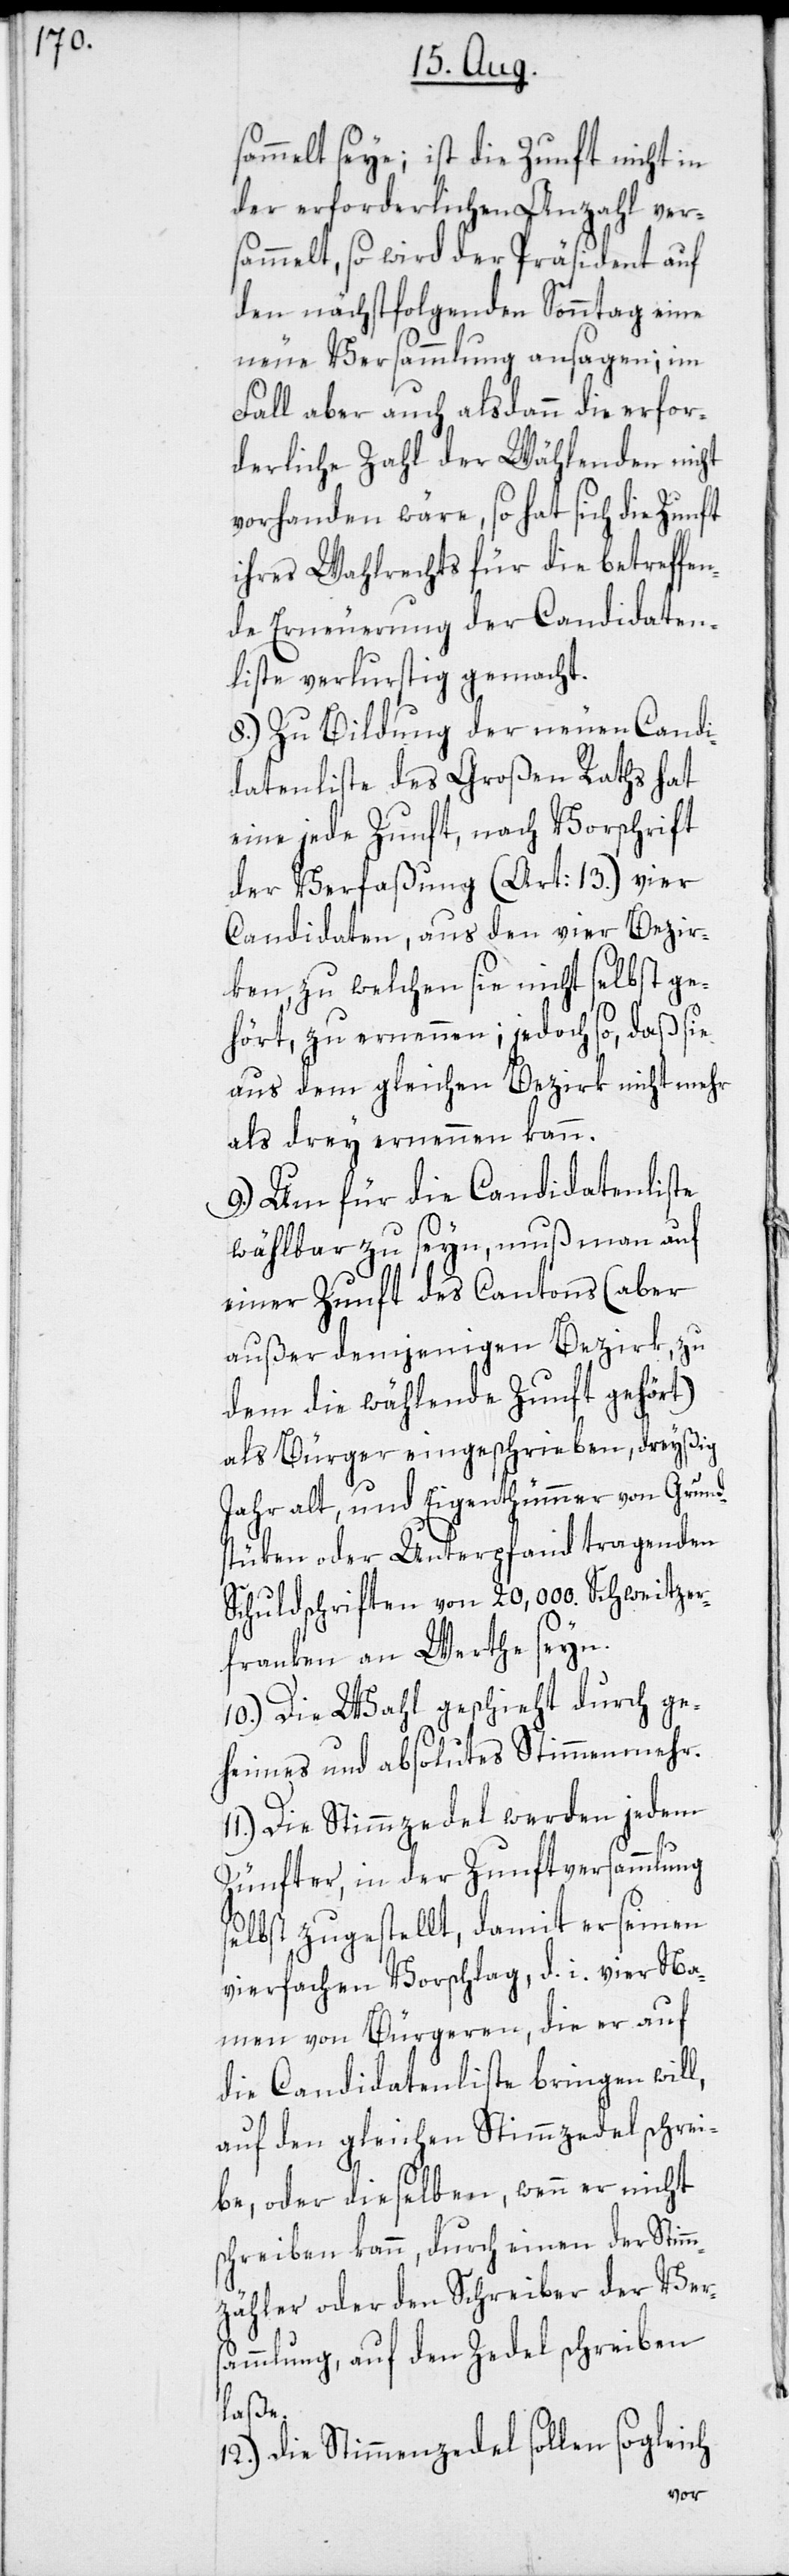
sammelt seye; ist die Zunft nicht in
der erforderlichen Anzahl ver¬
sammelt, so wird der Präsident auf
den nächstfolgenden Sonntag eine
neue Versammlung ansagen; im
Fall aber auch alsdann die erfor¬
derliche Zahl der Wählenden nicht
vorhanden wäre, so hat sich die Zunft
ihres Wahlrechts für die betreffen¬
de Erneuerung der Candidaten¬
liste verlurstig gemacht.
8.) Zu Bildung der neuen Candi¬
datenliste des Großen Raths hat
eine jede Zunft, nach Vorschrift
der Verfaßung (Art: 13.) vier
Candidaten, aus den vier Bezirk¬
hört, zu ernennen; jedoch so, daß sie
aus dem gleichen Bezirk nicht mehr
als drey ernennen kann.
9.) Um für die Candidatenliste
wählbar zu seyn, muß man auf
einer Zunft des Cantons (aber
außer demjenigen Bezirk, zu
dem die wählende Zunft gehört)
als Bürger eingeschrieben, dreyßig
Jahr alt, und Eigenthümmer von Grund¬
stüken oder Unterpfand tragenden
Schuldschriften von 20,000 Schweitzer¬
franken an Werthe seyn.
10.) Die Wahl geschieht durch ge¬
ge¬
heimes und absolutes Stimmenmehr.
11.) Die Stimmzedel werden jedem
Zünfter, in der Zunftversammlung
selbst zugestellt, damit er seinen
vierfachen Vorschlag, d. i. vier Na¬
men von Bürgeren, die er auf
die Candidatenliste bringen will,
auf den gleichen Stimmzedel schrei¬
be, oder dieselben, wenn er nicht
schreiben kann, durch einen der Stimm¬
zähler oder den Schreiber der Vers¬
ammlung, auf den Zedel schreiben
laße.
12.) Die Stimmzedel sollen sogleich